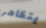
يتظاهر